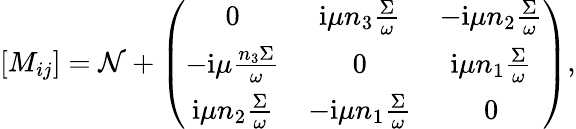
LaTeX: [M_{ij}]=\mathcal{N}+\left(\begin{array}{ccc}{0}&{\mathrm{i}\mu n_{3}\frac{\Sigma}{\omega}}&{-\mathrm{i}\mu n_{2}\frac{\Sigma}{\omega}}\\ {-\mathrm{i}\mu\frac{n_{3}\Sigma}{\omega}}&{0}&{\mathrm{i}\mu n_{1}\frac{\Sigma}{\omega}}\\ {\mathrm{i}\mu n_{2}\frac{\Sigma}{\omega}}&{-\mathrm{i}\mu n_{1}\frac{\Sigma}{\omega}}&{0}\end{array}\right),